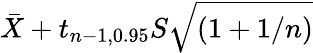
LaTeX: {\bar{X}}+t_{n-1,0.95}S{\sqrt{\left(1+1/n\right)}}